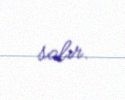
salır.